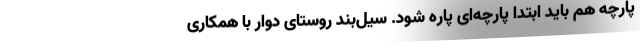
پارچه هم باید ابتدا پارچه‌ای پاره شود. سیل‌بند روستای دوار با همکاری